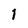
Character: 1